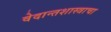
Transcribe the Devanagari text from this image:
वेदान्तशास्त्राचा